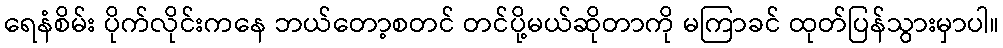
ရေနံစိမ်း ပိုက်လိုင်းကနေ ဘယ်တော့စတင် တင်ပို့မယ်ဆိုတာကို မကြာခင် ထုတ်ပြန်သွားမှာပါ။